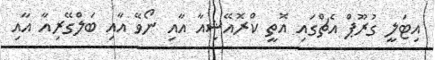
އިޓަލީ ގުރޫޕް އެޗްގައި އޮތީ ކްރޮއޭޝިއާ އާއި ނޯވޭ އާއި ބަލްގޭރިއާ އާއި